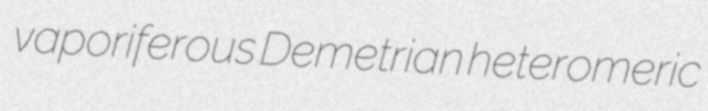
vaporiferous Demetrian heteromeric